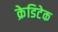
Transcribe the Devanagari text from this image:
क्रेडिटेक